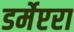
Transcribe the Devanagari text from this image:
डर्मेप्टरा